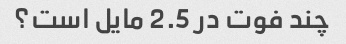
چند فوت در 2.5 مایل است؟